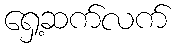
ရှေ့ဆက်လက်